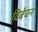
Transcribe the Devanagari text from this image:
विबेचन